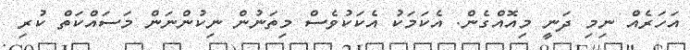
އަހަރެއް ނިމި ދަނީ މިއޮއްގެން. އެކަމަކު އެކަކުވެސް މިތަނުން ނިކުންނަން މަސައްކަތް ކުރި